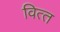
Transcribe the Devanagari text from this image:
वित्‍त